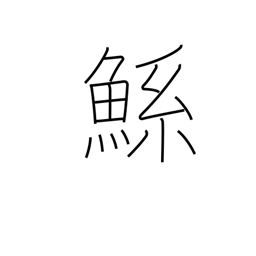
Meaning: large mythical fish